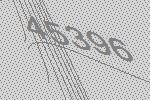
45396